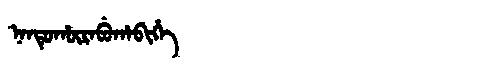
Manchu: ᠨᠠᠨᡨᡠᡥᡡᡵᠠᠪᡠᡥᠠᠪᡳᡥᡝ
Romanization: NANTUHŪRABUHABIHE